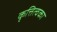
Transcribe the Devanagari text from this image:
कृत्तित्वका